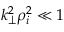
k _ { \perp } ^ { 2 } \rho _ { i } ^ { 2 } \ll 1